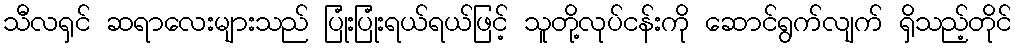
သီလရှင် ဆရာလေးများသည် ပြုံးပြုံးရယ်ရယ်ဖြင့် သူတို့လုပ်ငန်းကို ဆောင်ရွက်လျက် ရှိသည့်တိုင်